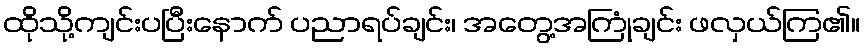
ထိုသို့ကျင်းပပြီးနောက် ပညာရပ်ချင်း၊ အတွေ့အကြုံချင်း ဖလှယ်ကြ၏။